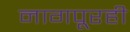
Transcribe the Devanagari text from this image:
नागपूरही